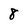
Character: 8